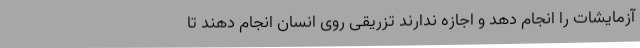
آزمایشات را انجام دهد و اجازه ندارند تزریقی روی انسان انجام دهند تا